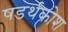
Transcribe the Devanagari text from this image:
षडर्थकोश